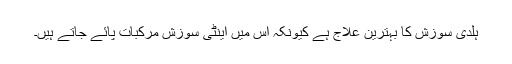
ہلدی سوزش کا بہترین علاج ہے کیونکہ اس میں اینٹی سوزش مرکبات پائے جاتے ہیں۔